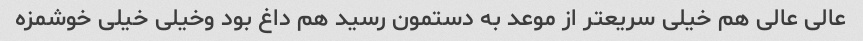
عالی عالی هم خیلی سریعتر از موعد به دستمون رسید هم داغ بود وخیلی خیلی خوشمزه